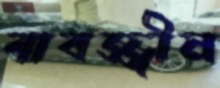
যাবজ্জীন